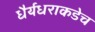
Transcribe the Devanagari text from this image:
धैर्यधराकडेच